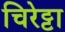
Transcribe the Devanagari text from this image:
चिरेट्टा